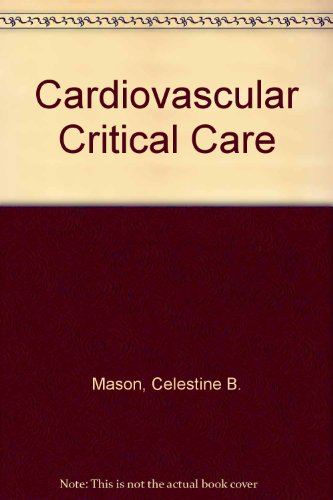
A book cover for Cardiovascular Critical Care; Celestine B. Mason; Medical Books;